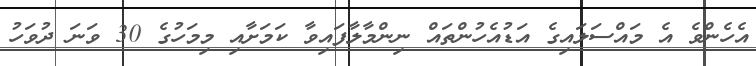
އެހެންވެ އެ މައްސަލައިގެ އަޑުއެހުންތައް ނިންމާލާފައިވާ ކަމަށާއި މިމަހުގެ 30 ވަނަ ދުވަހު